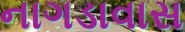
નાગડાવાસ